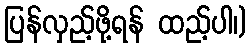
ပြန်လှည့်ဖို့ရန် ထည့်ပါ၊)